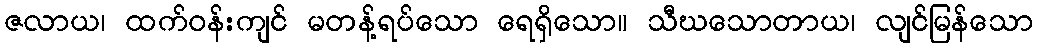
ဇလာယ၊ ထက်ဝန်းကျင် မတန့်ရပ်သော ရေရှိသော။ သီဃသောတာယ၊ လျင်မြန်သော